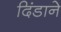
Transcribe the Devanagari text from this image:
दिंडाने